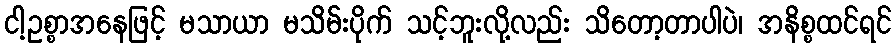
ငါ့ဥစ္စာအနေဖြင့် မသာယာ မသိမ်းပိုက် သင့်ဘူးလို့လည်း သိတော့တာပါပဲ၊ အနိစ္စထင်ရင်